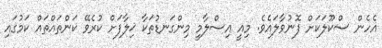
އެހެން ސްކޫލަކަށް ފޮނުވާލައެވެ. މިއީ އިސްލާމީ މިންގަނޑުތަކާ ޚިލާފަށް ކުރެވޭ ކަންތައްތައް ކަމުގައި